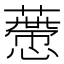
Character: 𧀱